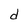
Character: d